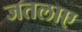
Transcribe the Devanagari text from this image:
जतलाए